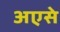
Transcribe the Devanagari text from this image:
अएसे